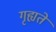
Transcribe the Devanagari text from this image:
गृह्यते